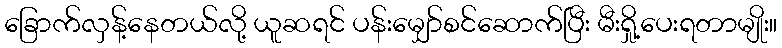
ခြောက်လှန့်နေတယ်လို့ ယူဆရင် ပန်းမျှော်စင်ဆောက်ပြီး မီးရှို့ပေးရတာမျိုး။